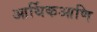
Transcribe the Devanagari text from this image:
आर्थिकआणि